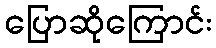
ပြောဆိုကြောင်း